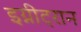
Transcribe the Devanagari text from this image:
इग्नीट्रान